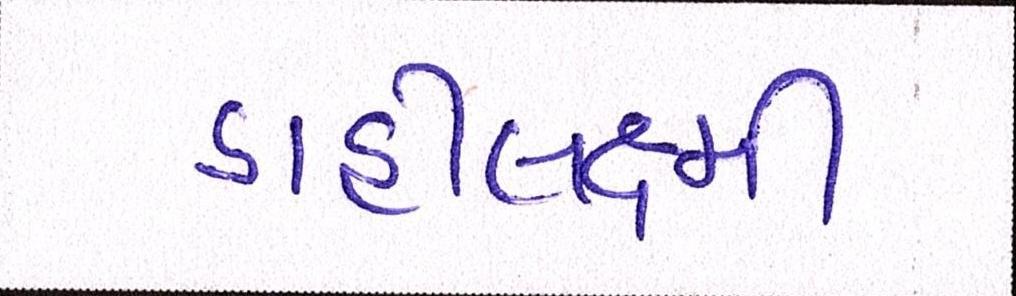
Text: ડાહીલક્ષ્મી